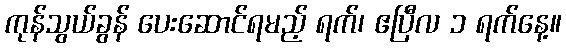
ကုန်သွယ်ခွန် ပေးဆောင်ရမည့် ရက်၊ ဧပြီလ ၁ ရက်နေ့။